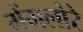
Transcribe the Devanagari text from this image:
मेंगलोरे